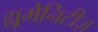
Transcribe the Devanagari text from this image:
ह्यूमेनिटीज़